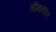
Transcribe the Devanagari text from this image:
चीननंतर